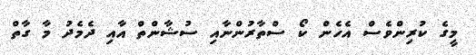
މީގެ ކުރިންވެސް އެހެން ކޯ ސްތާރުންނާއި ސުޝާންތް އާއި ދެމެދު މާ ގާތް